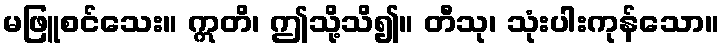
မဖြူစင်သေး။ ဣတိ၊ ဤသို့သိ၍။ တီသု၊ သုံးပါးကုန်သော။